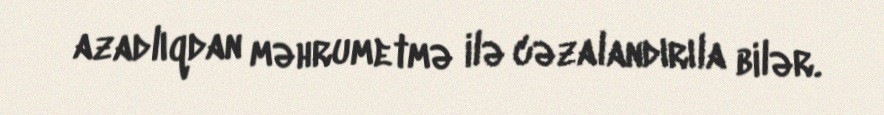
azadlıqdan məhrumetmə ilə cəzalandırıla bilər.